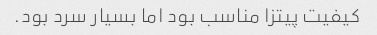
کیفیت پیتزا مناسب بود اما بسیار سرد بود.